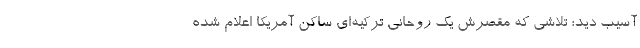
آسیب دید؛ تلاشی که مقصرش یک روحانی ترکیه‌ای ساکن آمریکا اعلام شده